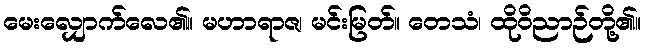
မေးလျှောက်လေ၏။ မဟာရာဇ၊ မင်းမြတ်။ တေသံ၊ ထိုဝိညာဉ်တို့၏။